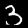
Digit: 3